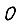
Digit: 0